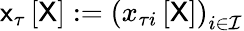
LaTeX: \mathsf{x}_{\tau}\left[\mathsf{X}\right]:=\left(x_{\tau i}\left[\mathsf{X}\right]\right)_{i\in\mathcal{I}}